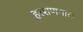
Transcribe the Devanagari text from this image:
हरशणगार।